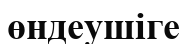
өндеушіге